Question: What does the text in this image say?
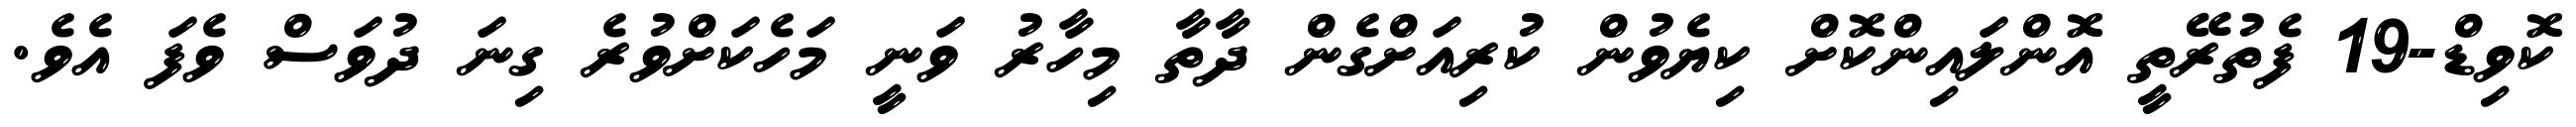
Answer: ކޮވިޑް-19 ފެތުރޭތީ އޮންލައިންކޮށް ކިޔެވުން ކުރިއަށްގެން ދާތާ މިހާރު ވަނީ މަހެކަށްވުރެ ގިނަ ދުވަސް ވެފަ އެވެ.